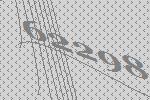
62298